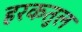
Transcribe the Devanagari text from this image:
हरकतुल